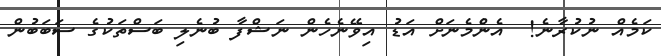
ކަމެއް ނުކުރާނެ!  އެންެމެނަށް އަޑު އިވޭނެހެން ނަޝްފާ ބުނެލި ބަސްތަކުގެ ސަބަބުން